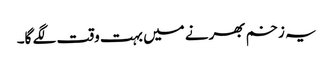
یہ زخم بھرنے میں بہت وقت لگے گا۔